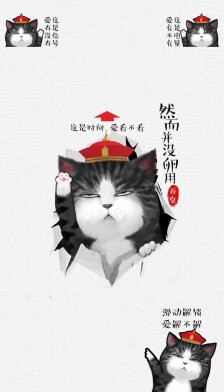
若顺吾皇意，即无臣子心。